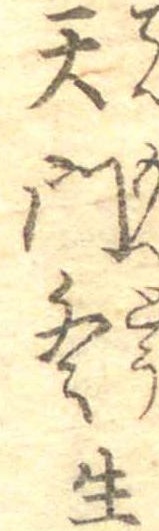
天門冬生